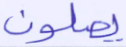
يصلون